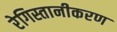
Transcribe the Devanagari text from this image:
रेगिस्तानीकरण